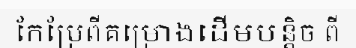
កែប្រែពីគម្រោងដើមបន្តិច ពី